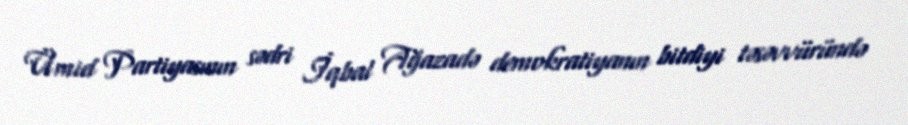
Ümid Partiyasının sədri İqbal Ağazadə demokratiyanın bitdiyi təsəvvüründə